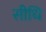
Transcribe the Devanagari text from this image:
सीधि